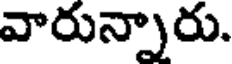
వారున్నారు.